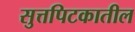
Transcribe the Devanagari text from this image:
सुत्तपिटकातील